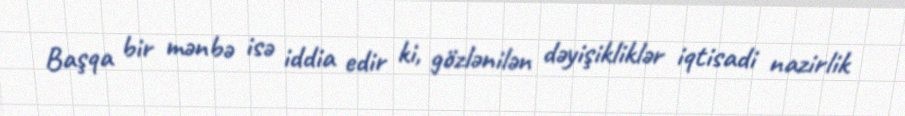
Başqa bir mənbə isə iddia edir ki, gözlənilən dəyişikliklər iqtisadi nazirlik